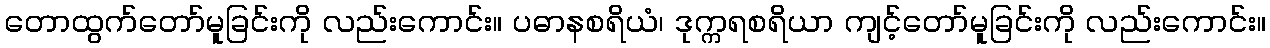
တောထွက်တော်မူခြင်းကို လည်းကောင်း။ ပဓာနစရိယံ၊ ဒုက္ကရစရိယာ ကျင့်တော်မူခြင်းကို လည်းကောင်း။